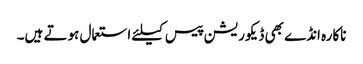
ناکارہ انڈے بھی ڈیکوریشن پیس کیلئے استعمال ہوتے ہیں۔